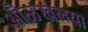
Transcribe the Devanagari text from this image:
ओळखलया